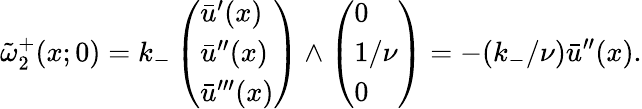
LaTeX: \tilde{\omega}_{2}^{+}(x;0)=k_{-}\left(\begin{array}{l}{\bar{u}^{\prime}(x)}\\ {\bar{u}^{\prime\prime}(x)}\\ {\bar{u}^{\prime\prime\prime}(x)}\end{array}\right)\wedge\left(\begin{array}{l}{0}\\ {1/\nu}\\ {0}\end{array}\right)=-(k_{-}/\nu)\bar{u}^{\prime\prime}(x).